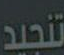
تنجيد